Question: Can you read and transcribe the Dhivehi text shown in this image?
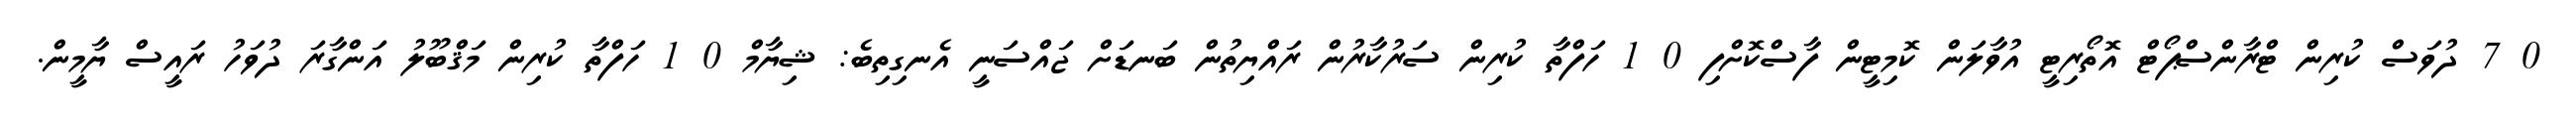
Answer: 0 7 ދުވަސް ކުރިން ޓްރާންސްޕޯޓް އޮތޯރިޓީ އުވާލަން ކޮމިޓީން ފާސްކޮށްފި 0 1 ހަފްތާ ކުރިން ސަރުކާރުން ރައްޔިތުން ބަނޑަށް ޖައްސަނީ އެނގިތިބެ: ޝިޔާމް 0 1 ހަފްތާ ކުރިން މަޤްބޫލު އަންގާރަ ދުވަހު ރައީސް ޔާމީން.